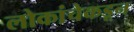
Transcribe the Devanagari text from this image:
लोकांचेकडून